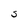
Character: s